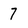
Character: 7